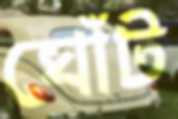
ঘোঁট